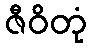
ဇီဝိတုံ